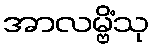
အာလမ္ဗိံသု